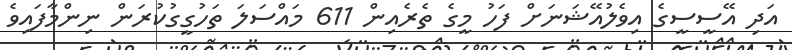
އަދި އޭސީސީގެ އިވެލުއޭޝަނަށް ފަހު މީގެ ތެރެއިން 611 މައްސަލަ ތަހުގީގުކުރަން ނިންމާފައިވެ